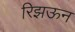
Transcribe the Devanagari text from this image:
रिझऊन